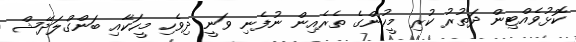
ކޮޅުވެއްޓިން ދަތުރު ކުރި މީހުންގެ ތެރެއިން ނުފެނި ވަނީ ދިވެހި މީހަކާއި ބަންގްލަދޭޝް